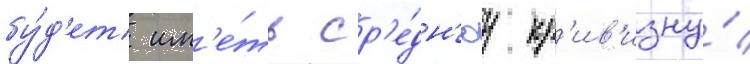
бу́д'ет им'е́ть ср'е́дн'юу кр'ив'изну́